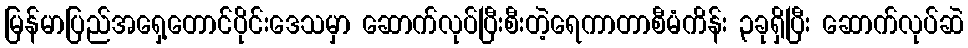
မြန်မာပြည်အရှေ့တောင်ပိုင်းဒေသမှာ ဆောက်လုပ်ပြီးစီးတဲ့ရေကာတာစီမံကိန်း ၃ခုရှိပြီး ဆောက်လုပ်ဆဲ